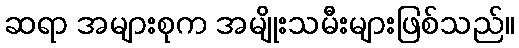
ဆရာ အများစုက အမျိုးသမီးများဖြစ်သည်။